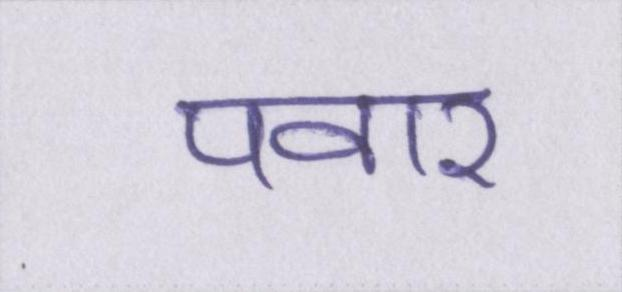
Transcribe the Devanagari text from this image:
पवार